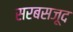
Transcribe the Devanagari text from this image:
सरबसजूद